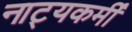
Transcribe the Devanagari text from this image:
नाट्यकर्मीं